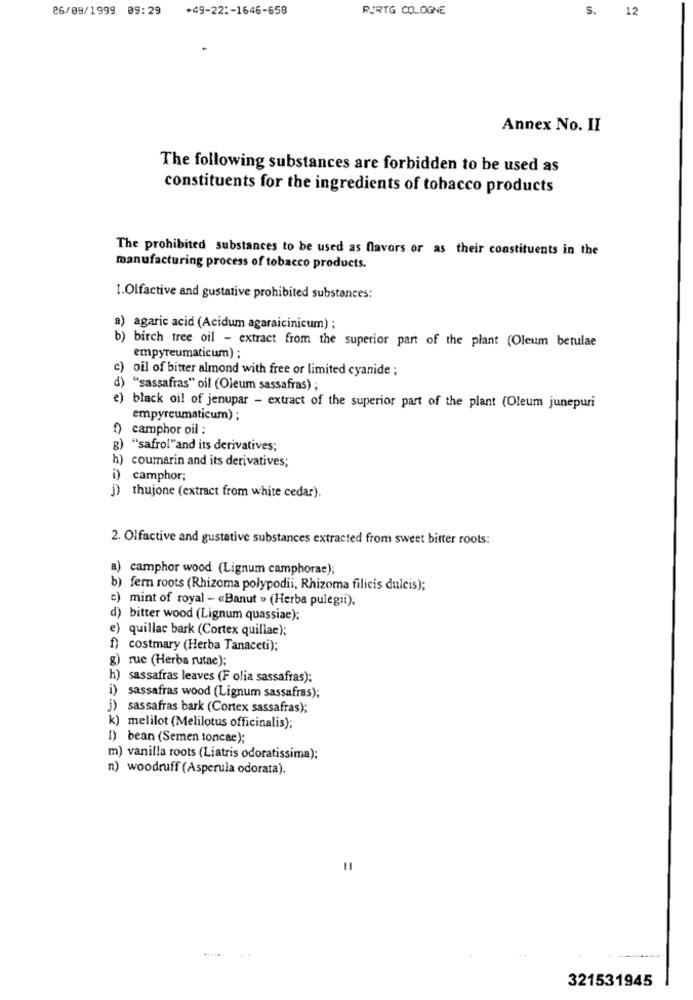
26/09/1999 09:29
+49-22 :- 1646-658
RURTG COLOGNE
S.
12
Annex No. II
The following substances are forbidden to be used as
constituents for the ingredients of tobacco products
The prohibited substances to be used as flavors or as their constituents in the
manufacturing process of tobacco products.
1.Olfactive and gustative prohibited substances:
a) agaric acid (Acidum agaraicinicum) ;
b) birch tree oil - extract from the superior part of the plant (Oleum betulae
empyreumaticum) ;
c) oil of bitter almond with free or limited cyanide ;
d) "sassafras" oil (Oleum sassafras) ;
e)
black oil of jenupar - extract of the superior part of the plant (Oleum junepuri
empyreumaticum) ;
camphor oil :
"safrol"and its derivatives;
h) coumarin and its derivatives;
camphor;
j) thujone (extract from white cedar).
2. Olfactive and gustative substances extracted from sweet bitter roots:
a) camphor wood (Lignum camphorae);
b) fern roots (Rhizoma polypodii, Rhizoma filicis dulcis);
c) mint of royal - «Banut » (Herba pulegit).
d) bitter wood (Lignum quassiae):
e) quillac bark (Cortex quillae);
f) costmary (Herba Tanaceti);
g) rue (Herba rutae);
h) sassafras leaves (F olia sassafras);
i) sassafras wood (Lignum sassafras);
)sassafras bark (Cortex sassafras);
k) melilot (Melilotus officinalis);
I) bean (Semen toncae);
m) vanilla roots (Liatris odoratissima);
n) woodruff (Asperula odorata).
321531945